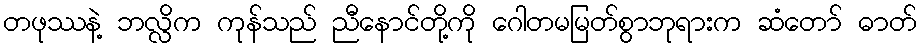
တဖုဿနဲ့ ဘလ္လိက ကုန်သည် ညီနောင်တို့ကို ဂေါတမမြတ်စွာဘုရားက ဆံတော် ဓာတ်